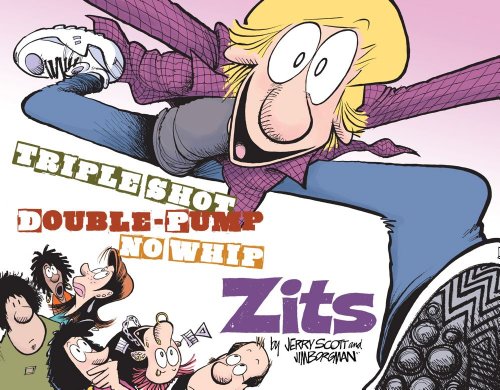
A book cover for Triple Shot, Double Pump, No Whip Zits: A Zits Treasury; Jerry Scott; Humor & Entertainment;